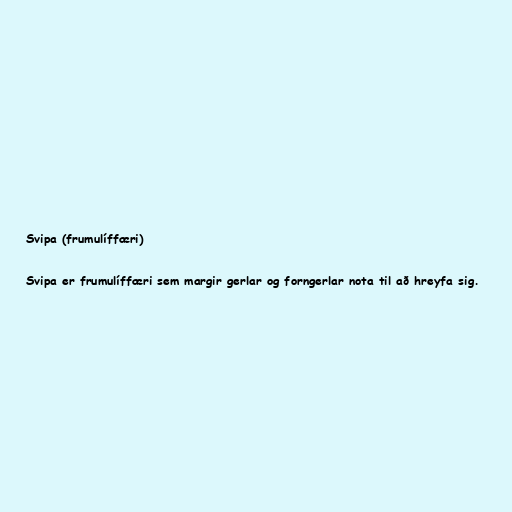
Svipa (frumulíffæri)

Svipa er frumulíffæri sem margir gerlar og forngerlar nota til að hreyfa sig.